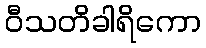
ဝီသတိခါရိကော